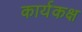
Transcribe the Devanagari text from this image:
कार्यकक्ष